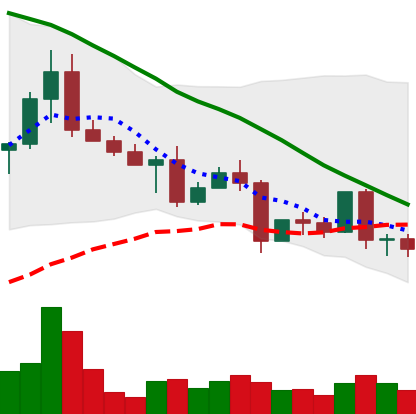
Ticker: EOS-USD
Chart end date: 2022-05-07
Forward return: -35.662%
Label: down_7plus